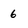
Character: 6